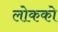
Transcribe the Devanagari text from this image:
लोकको